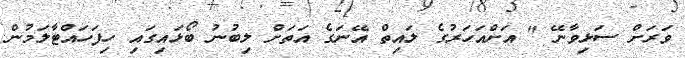
ވަރަށް ސަޅިވާނޭ " އަށްއަހަރުގެ ލައިތް އޭނަގެ އަތަށް ލިބުނު ބޯޅައިގައި ހިފަހައްޓާލަމުން